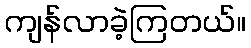
ကျန်လာခဲ့ကြတယ်။